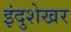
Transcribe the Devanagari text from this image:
इंदुशेखर